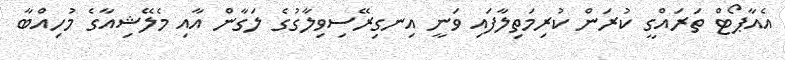
އެއާޕޯޓް ތަރައްގީ ކުރަން ކުރިމަތިލާފައި ވަނީ އިނގިރޭސިވިލާގުގެ ލަގާން އާއި މެލޭޝިއާގެ މުހިއްބާ